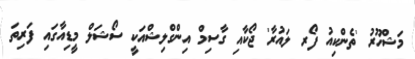
މަޝްހޫރު 'ތެންކިއު ފޯރ ލައުރާ' ޖޯކާއި ގާސިމް އިންގްލިޝްއަކީ ސޯޝަލް މީޑިއާގައި ފަރިތަ